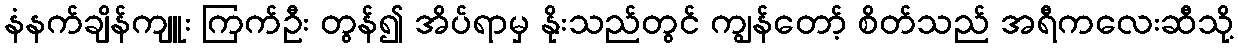
နံနက်ချိန်ကျူး ကြက်ဦး တွန်၍ အိပ်ရာမှ နိုးသည်တွင် ကျွန်တော့် စိတ်သည် အရီကလေးဆီသို့